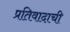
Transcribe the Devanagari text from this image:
प्रतिवादाची